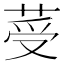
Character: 𦰹